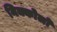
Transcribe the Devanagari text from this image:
निक्कोलो